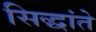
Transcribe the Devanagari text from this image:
सिद्धांते